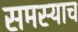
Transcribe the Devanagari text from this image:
समस्याच